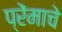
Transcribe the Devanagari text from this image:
प्रेंमाचे